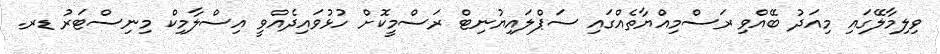
ވިލިމާލޭގައި މިއަދު ބޭއްވި ރަސްމިއްޔާތެއްގައި ސަޕްލައިޔުނިޓް ރަސްމީކޮށް ހުޅުވައިދެއްވީ އިސްލާމިކް މިނިސްޓަރު ޑރ.